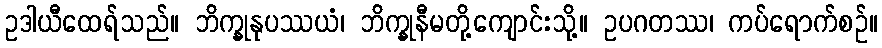
ဥဒါယီထေရ်သည်။ ဘိက္ခုနုပဿယံ၊ ဘိက္ခုနီမတို့ကျောင်းသို့။ ဥပဂတဿ၊ ကပ်ရောက်စဉ်။